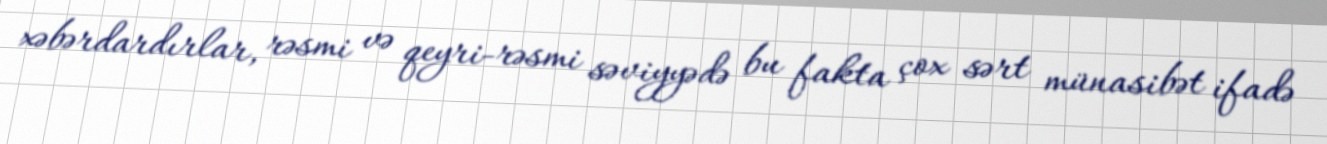
xəbərdardırlar, rəsmi və qeyri-rəsmi səviyyədə bu fakta çox sərt münasibət ifadə